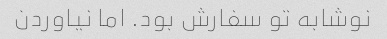
نوشابه تو سفارش بود. اما نیاوردن